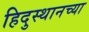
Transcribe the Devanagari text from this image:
हिदुस्थानच्या